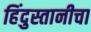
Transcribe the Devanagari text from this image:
हिंदुस्तानीचा